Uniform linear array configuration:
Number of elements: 8
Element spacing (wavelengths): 0.75
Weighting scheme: hann
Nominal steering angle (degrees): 0
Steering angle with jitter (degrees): -0.1054
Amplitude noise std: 0.05
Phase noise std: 0.05

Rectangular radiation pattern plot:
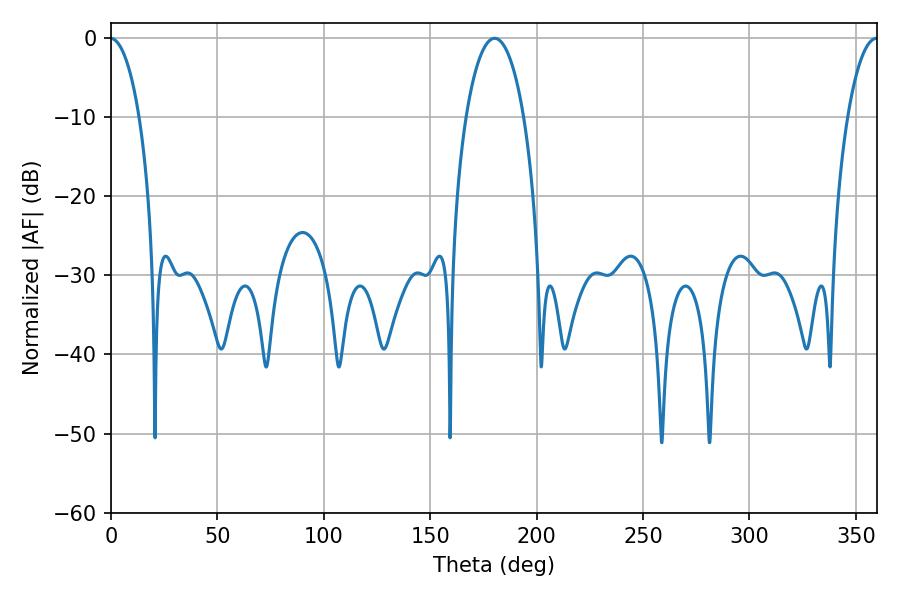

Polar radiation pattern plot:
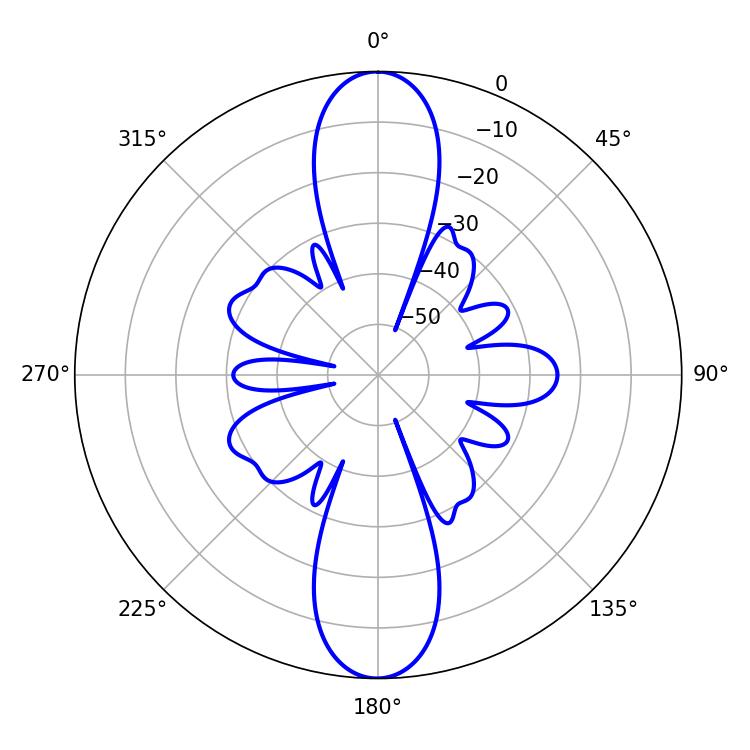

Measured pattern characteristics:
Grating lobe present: TRUE
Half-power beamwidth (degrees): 15.3
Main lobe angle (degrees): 180.18